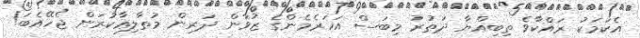
އެކަމަކު ރައްކާވެ ތިބިއްޔާ ދަތުރު މިބަސް އަހަރެމެންގެ ޒުވާން ދަރިން މުތާލިޢާކުރަން ޖެހޭއެބަ!